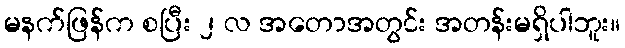
မနက်ဖြန်က စပြီး ၂ လ အတောအတွင်း အတန်းမရှိပါဘူး။